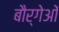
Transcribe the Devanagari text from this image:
बौर्गेओं